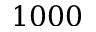
1 0 0 0